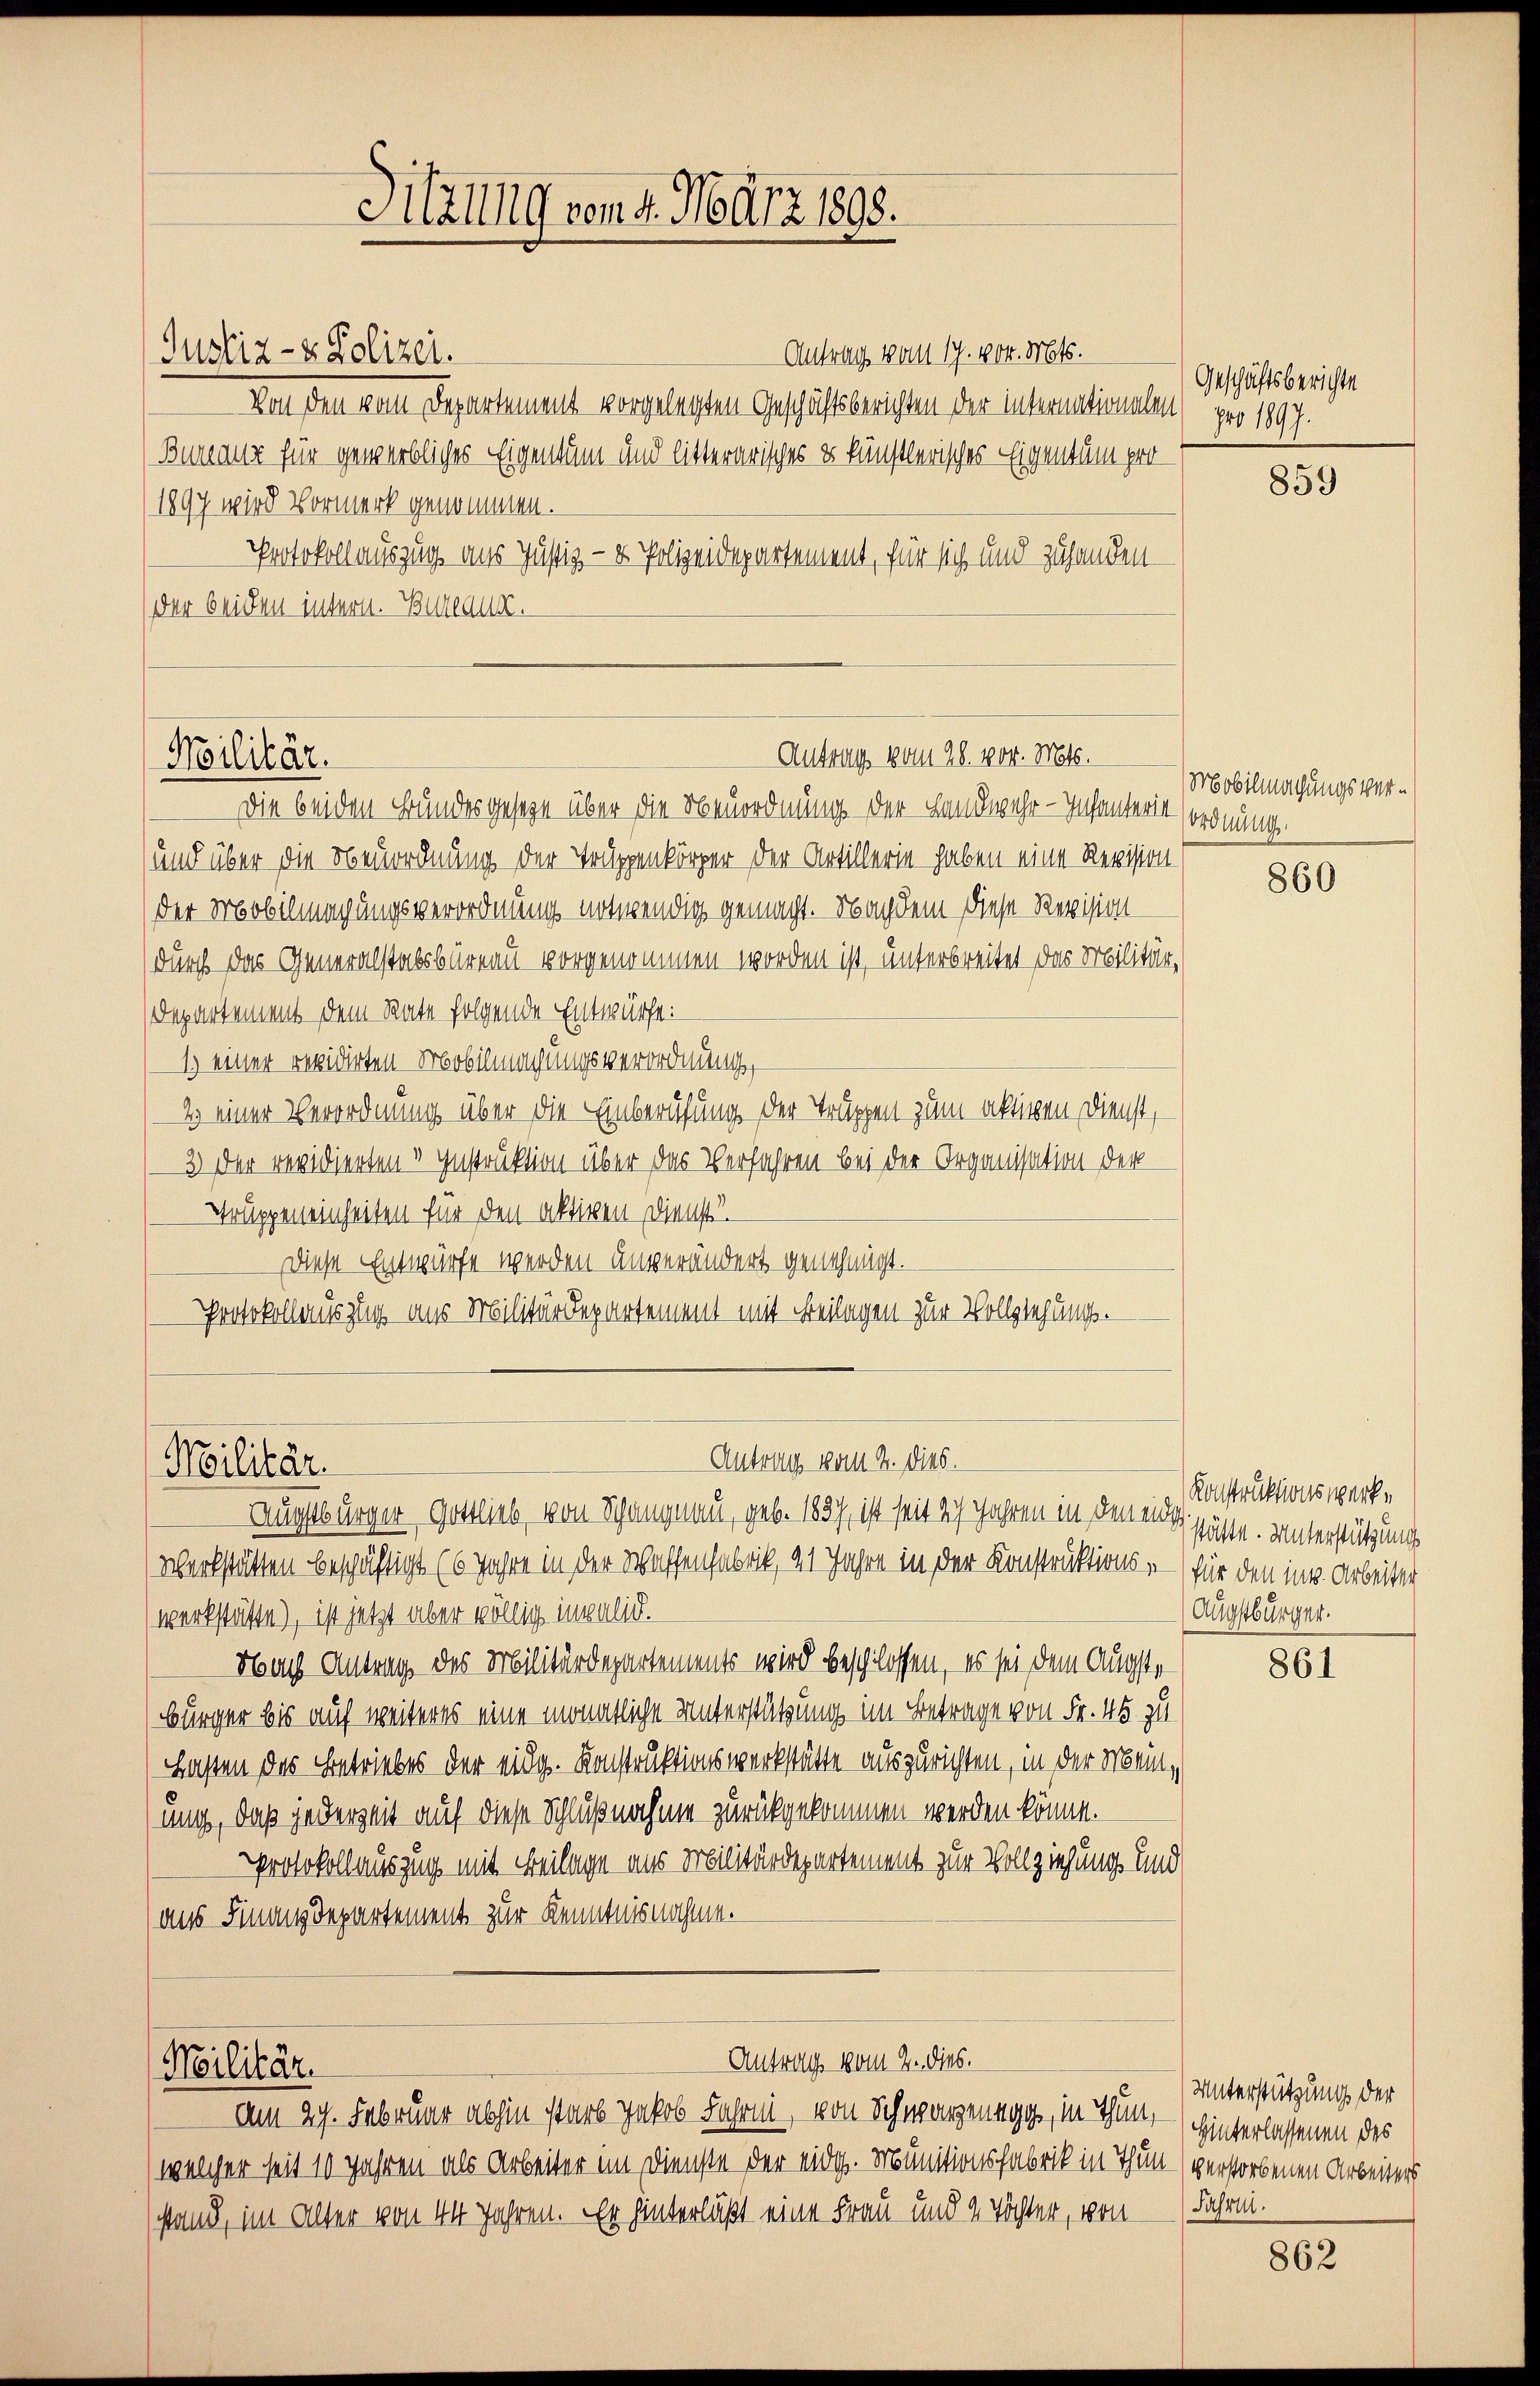
Antrag von 17. 404. Mts.
Justiz- & Polizei.
Von den vom Departement vorgelegten Geschäftsberichten der internationalen pro 1897.
Bureaux für gewerbliches Eigentum und litterarisches u künstlerisches Eigentum pro¬
1897 wird Vormerk genommen.
Protokollauszug aus Justiz- & Polizeidepartement, für sich und zuhanden
der beiden intern. Bureaux.
Die beiden Bundesgesetze über die Neuordnung der Landwehr-Infanterst ordnung.
und über die Neuordnung der Truppenkörper der Artillerie haben eine Revision
der Mobilmagungsverordnung notwendig gemacht. Nachdem Diese Revision
durch das Generalstabsbureau vorgenommen worden ist, unterbreitet das Militär¬
Departement dem Rate folgende Entwürfe:
1.) einer revidirten Mobilmachungsverordnung,
2 einer Verordnung über die Einberufung der Truppen zum aktiven Dienst,
3) Der revidierten v Instruktion über das Verfahren bei der Organisation der
Truppeneinheiten für den aktiven Dienst
Diese Entwürfe werden unverändert genehmigt.
Protokollauszug aus Militärdepartement mit Beilagen zur Vollziehungs-

Moilitär.

Militär.

Sitzung vom 4. März 1898.

Augstbürger Gottlieb von Schangnau, geb. 1837, ist seit 27 Jahren in den eine
Werkstätten beschäftigt (6 Jahre in der Schaffenfabrik, 21 Jahre in der Konstruktions- — für den in Arbeiter
werkstätte), ist jetzt aber völlig invalid.
Nach Antrag des Militärdepartements wird beschlossen, es sei dem Augste
bürger bis auf weiteres eine monatliche Unterstützung im Betrage von Fr. 45 zu
Lasten des Betriebes der eidg. Konstruktionswerkstätte auszurichten, in der Mein,
ung, daß jederzeit auf diese Schlußnahme zurückgekommen werden könne.
Protokollauszug mit Beilage aus Militärdepartement zur Vollziehung und
aus Finanzdepartement zur Kenntnisnahmen.

Antrag vom 28. vor. Mts.

Antrag vom 2. dies.
Militär.

Antrag vom 2. dies.

Am 27. Februar abhin starb Jakob Fahrni von Schwarzenegg, in Thun, – hinterlassenen des
(welcher seit 10 Jahren als Arbeiter im Dienste der eidg. Munitionsfabrik in Thun verstorbenen Arbeiters
stand, im alter von 44 Jahren. Er hinterläßt eine Frau und 2 Töchter, von  (Fahrni.

Geschäftsberichte

859

Mobilmachungsver¬

860

Konstruktionswerke
stätte. Unterstützung
Augstbürger.

861

Unterstützung der

862